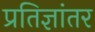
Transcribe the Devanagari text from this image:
प्रतिज्ञांतर